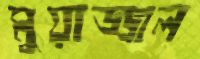
মুয়াজ্জল